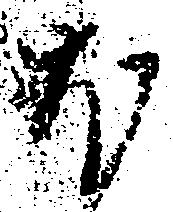
ほ